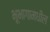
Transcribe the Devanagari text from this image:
भूभागामधील